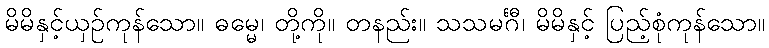
မိမိနှင့်ယှဉ်ကုန်သော။ ဓမ္မေ၊ တို့ကို။ တနည်း။ သသမင်္ဂီ၊ မိမိနှင့် ပြည့်စုံကုန်သော။